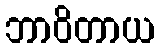
ဘာဝိတာယ